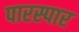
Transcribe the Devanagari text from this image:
पारस्पार